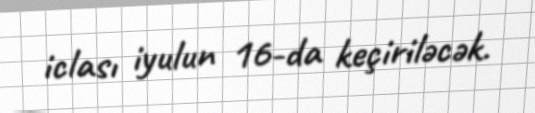
iclası iyulun 16-da keçiriləcək.